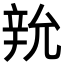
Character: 𨐑